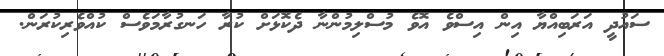
ސައުދީ އަރަބިއްޔާ އިން އިސްވެ އޮވެ މުސްލިމުންނާ ދެކޮޅަށް ކުރާ ހަނގުރާމަވެސް ކުއްވެރިކުރަން.